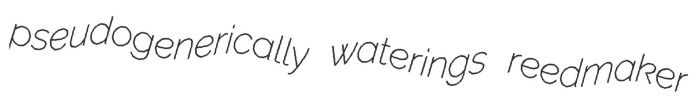
pseudogenerically waterings reedmaker